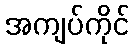
အကျပ်ကိုင်